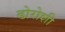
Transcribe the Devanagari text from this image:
ढोरोशी